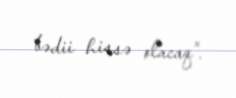
bədii hissə olacaq”.